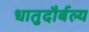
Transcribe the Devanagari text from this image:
धातुदौर्बल्य